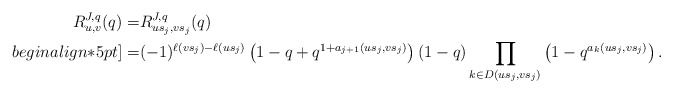
\begin{align*}R_{u,v}^{J,q}(q)=&R_{us_j,vs_j}^{J,q}(q)\\begin{align*}5pt]=&(-1)^{\ell(vs_j)-\ell(us_j)} \left(1-q+q^{1+a_{j+1}(us_j,vs_j)}\right)(1-q) \prod_{k\in D(us_j,vs_j)}\left(1-q^{a_k(us_j,vs_j)}\right).\end{align*}